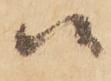
候